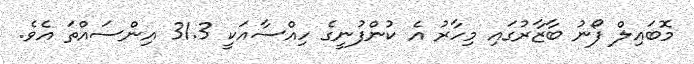
މޮބައިލް ފޯނު ބާޒާރުގައި މިހާރު އެ ކުންފުނީގެ ހިއްސާއަކީ 31.3 އިންސައްތަ އެވެ.